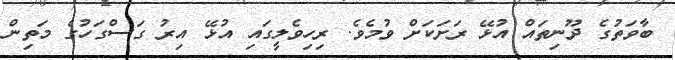
ބާވަތުގެ ދޫނިތައް އުޅޭ ރަށަކަށް ވުމެވެ. ރިހިވެލީގައި އުޅޭ އިރު ގަސްގަހުގެ މަތިން